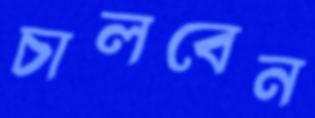
চালবেন